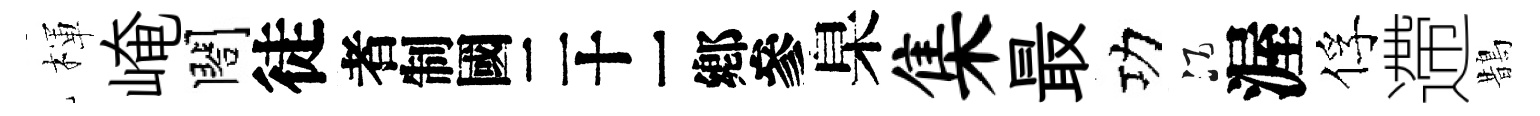
楎崦閤徒识臬集最功酒渥俘遰鵲